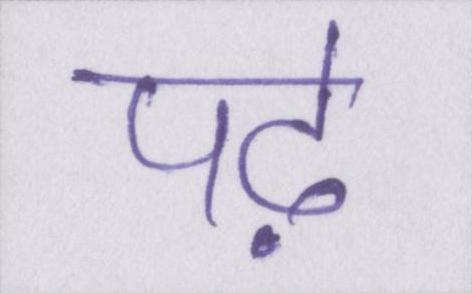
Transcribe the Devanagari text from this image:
पढ़े